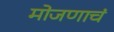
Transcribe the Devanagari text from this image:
मोजणाचं